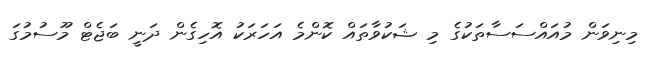
މިނިވަން މުއައްސަސާތަކުގެ މި ޝަކުވާތައް ކޮންމެ އަހަރަކު އޮހިގެން ދަނީ ބަޖެޓް މޫސުމުގަ